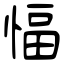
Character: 愊